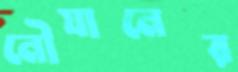
নৌযানের